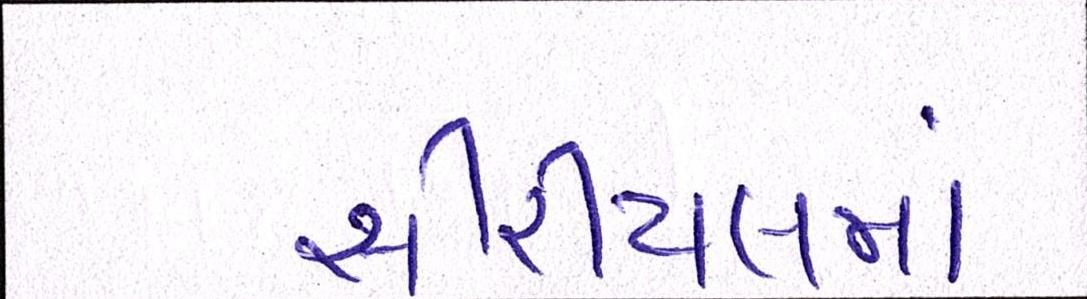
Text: સીરીયલમાં